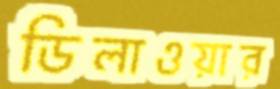
ডিলাওয়ার